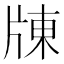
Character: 𤗗